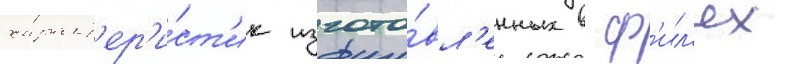
характ'ер'и́ст'ик изгото́вл'енных в ф'ил'ях